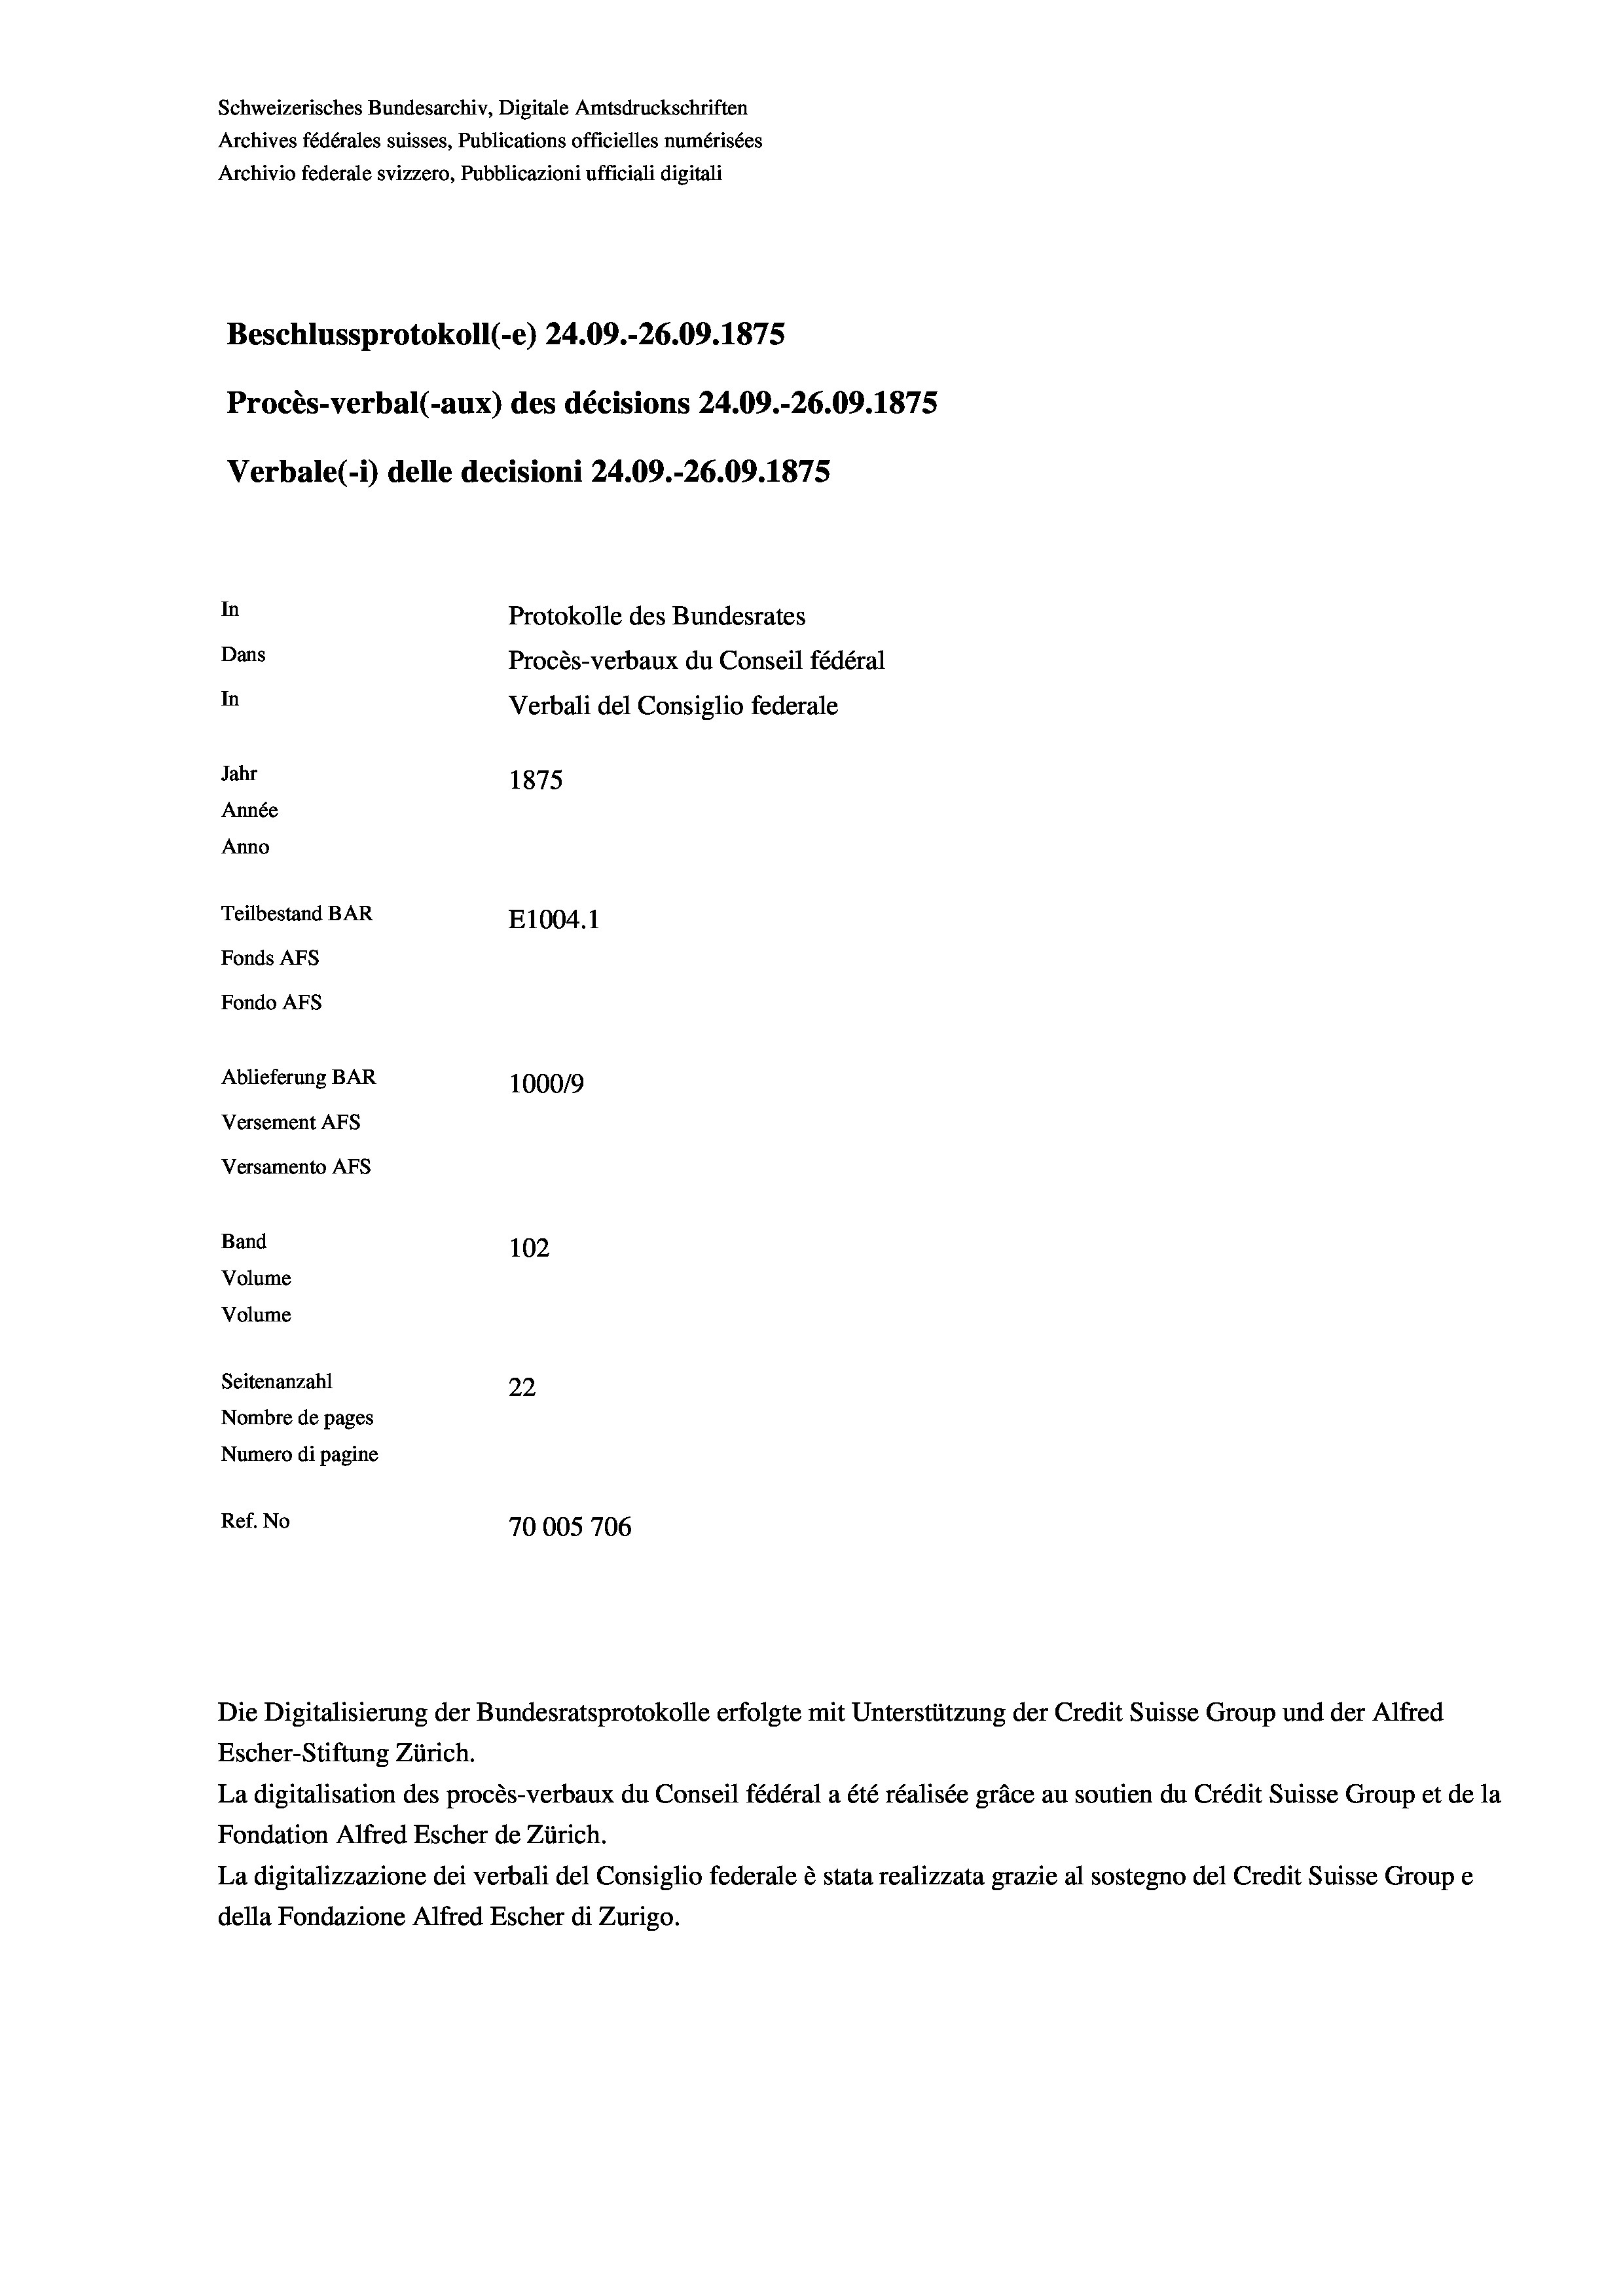
Schweizerisches Bundesarchiv, Digitale Amtsdruckschriften
Archives fédérales suisses, Publications officielles numérisées
Beschlussprotokoll (-e) 24.09.-26.09. 1875
Procès-verbal (-aux) des décisions 24.09.-26.09. 1875
Verbale(*) delle decisioni 24.09.-26.09. 1875
In
Protokolle des Bundesrates
Dans
Procès-verbaux du Conseil fédéral
In
Verbali del Consiglio federale
Jahr
1875
Année
Anno
Teilbestand BAR
E1004. 1
Fonds AFs
Fondo Afs

Ablieferung BAR
Versement AFs
Versamento Afs
Band
Volume
Volume
Seitenanzahl

Archivio federale svizzero, Pubblicazioni ufficiali digitali

102
22
Nombre de pages
Numero di pagine
Ref. No
70005706

100019

Die Digitalisierung der Bundesratsprotokolle erfolgte mit Unterstützung der Credit Suisse Group und der Alfred

Escher-Stiftung Zürich.
La digitalisation des procès-verbaux du Conseil fédéral a été réalisée gräce au soutien du Crédit Suisse Group et de la
Fondation Alfred Escher de Zürich.
La digitalizzazione dei verbali del Consiglio federale è stata realizzata grazie al sostegno del Credit Suisse Groupe
della Fondazione Alfred Escher di Zurigo.